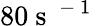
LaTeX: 80{\mathrm{~s~}}^{\mathrm{~-~1~}}